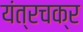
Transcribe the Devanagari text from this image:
यंत्रचक्र